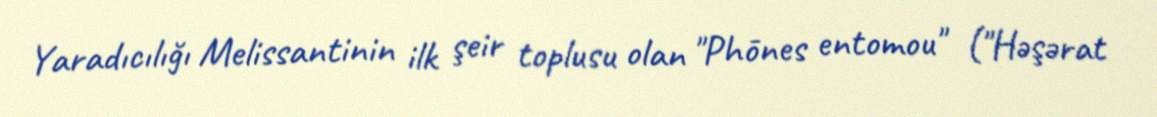
Yaradıcılığı Melissantinin ilk şeir toplusu olan "Phōnes entomou" ("Həşərat